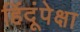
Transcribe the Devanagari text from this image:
हिंदूंपेक्षा